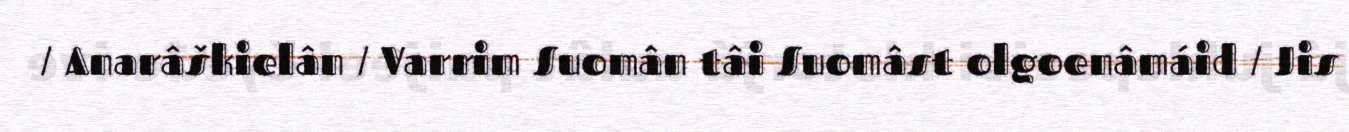
/ Anarâškielân / Varrim Suomân tâi Suomâst olgoenâmáid / Jis